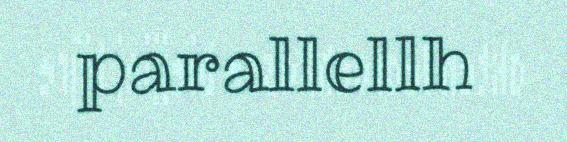
parallellh